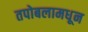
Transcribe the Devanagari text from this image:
तपोबलामधून